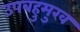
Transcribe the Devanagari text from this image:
उपबहुमुख